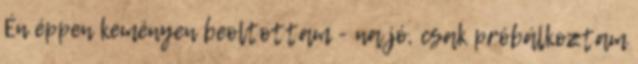
Én éppen keményen beoltottam - na jó, csak próbálkoztam